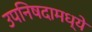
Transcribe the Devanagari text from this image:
उपनिषदामध्ये